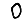
Digit: 0